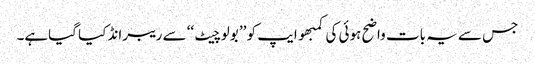
جس سے یہ بات واضح ہوئی کی کمبھو ایپ کو ’’ بولو چیٹ ‘‘ سے ریبرانڈ کیا گیاہے۔